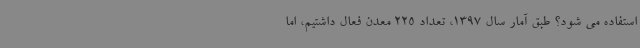
استفاده می شود؟ طبق آمار سال 1397، تعداد 225 معدن فعال داشتیم، اما